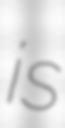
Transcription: is